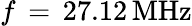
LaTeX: f\, =\, 27.12\, \mathrm{{MHz}}